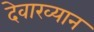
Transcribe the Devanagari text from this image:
देवाख्यान